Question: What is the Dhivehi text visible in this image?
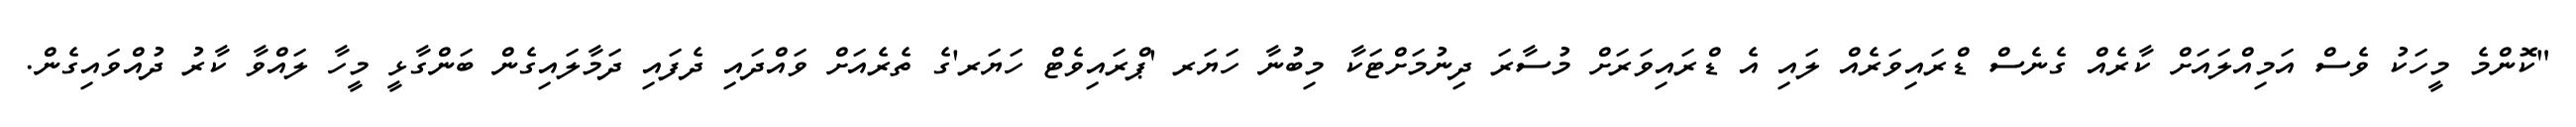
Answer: "ކޮންމެ މީހަކު ވެސް އަމިއްލައަށް ކާރެއް ގެނެސް ޑްރައިވަރެއް ލައި އެ ޑްރައިވަރަށް މުސާރަ ދިނުމަށްޓަކާ މިބުނާ ހަޔަރ 'ޕްރައިވެޓް ހަޔަރ'ގެ ތެރެއަށް ވައްދައި ދެފައި ދަމާލައިގެން ބަންގާޅީ މީހާ ލައްވާ ކާރު ދުއްވައިގެން.